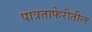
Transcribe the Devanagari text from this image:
पात्रताफेरीतील